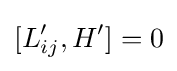
[L'_{ij},H']=0\,\!